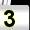
Digit: 3